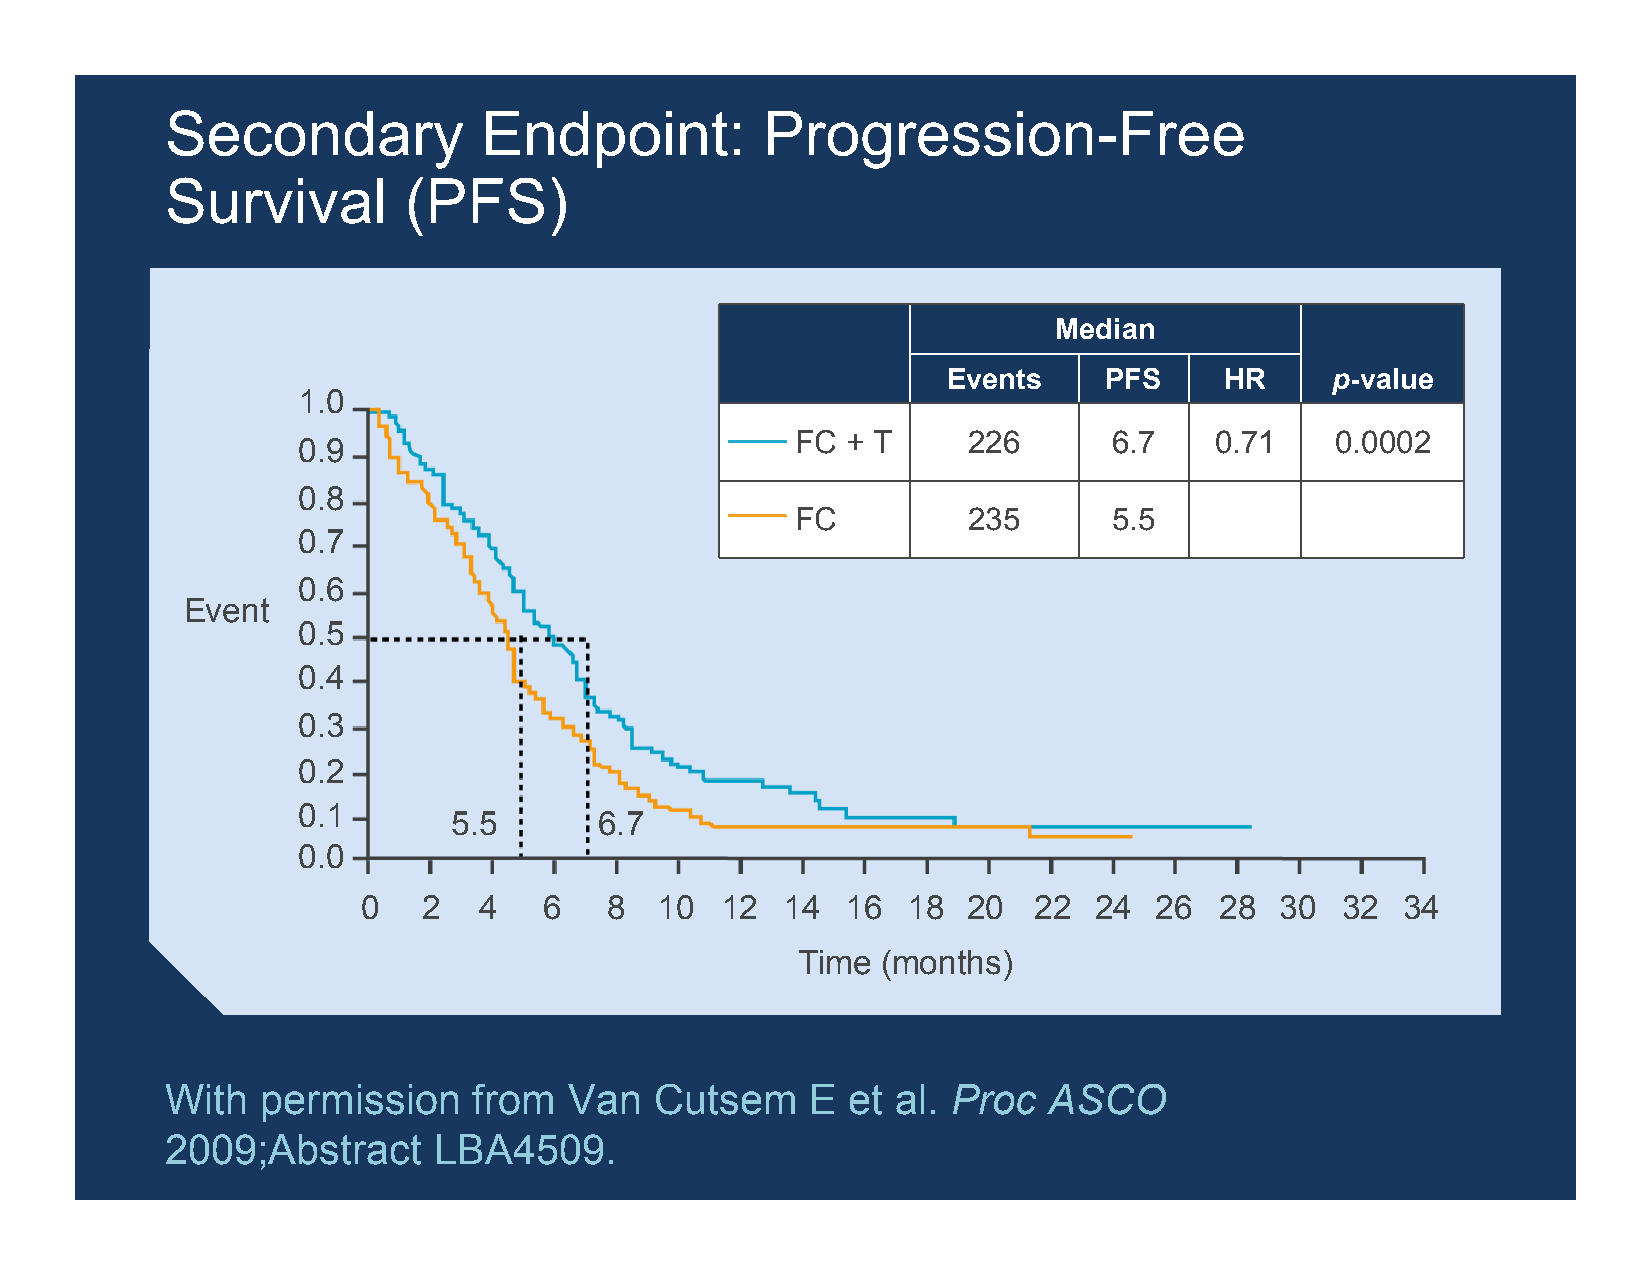
Secondary            Endpoint:         Progression-Free
 Survival        (PFS)
 Median
 Events    PFS     HR     p-value
 1.0
 FC + T     226       6.7   0.71    0.0002
 0.9
 0.8
 FC         235       5.5
 0.7
 0.6
 Event
 0.5
 0.4
 0.3
 0.2
 0.1
 5.5       6.7
 0.0
 0   2   4   6   8  10   12  14  16  18  20  22  24  26   28  30  32  34
 Time (months)
 With  permission    from   Van  Cutsem     E et al. Proc  ASCO
 2009;Abstract     LBA4509.